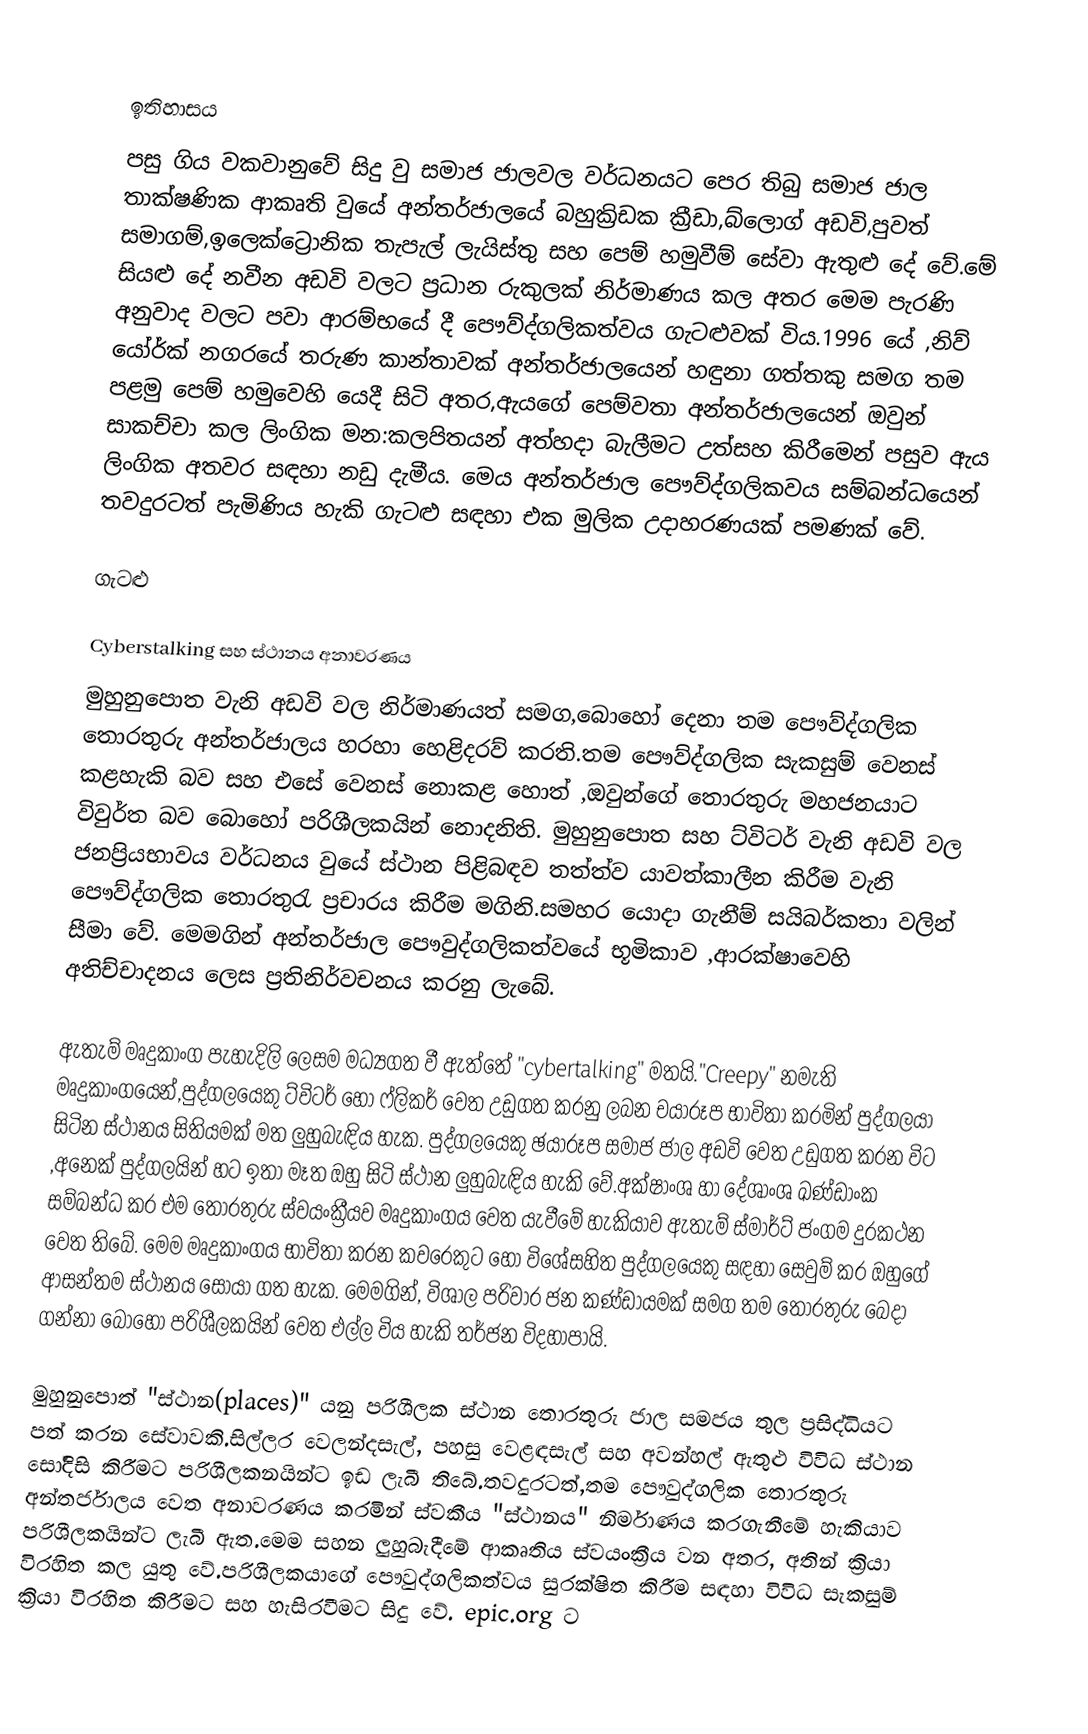

ඉතිහාසය
පසු ගිය වකවානුවේ සිදු වු සමාජ ජාලවල වර්ධනයට පෙර තිබු සමාජ ජාල තාක්ෂණික ආකෘති වුයේ අන්තර්ජාලයේ බහුක්‍රිඩක ක්‍රීඩා,බ්ලොග් අඩවි,පුවත් සමාගම්,ඉලෙක්ට්‍රොනික තැපැල් ලැයිස්තු සහ පෙම් හමුවීම් සේවා ඇතුළු දේ වේ.මේ සියළු දේ නවීන අඩවි වලට ප්‍රධාන රුකුලක් නිර්මාණය කල අතර මෙම පැරණි අනුවාද වලට පවා ආරම්භයේ දී පෞව්ද්ගලිකත්වය ගැටළුවක් විය.1996 යේ ,නිව් යෝර්ක් නගරයේ තරුණ කාන්තාවක් අන්තර්ජාලයෙන් හඳුනා ගත්තකු සමග තම පළමු පෙම් හමුවෙහි යෙදී සිටි අතර,ඇයගේ පෙම්වතා අන්තර්ජාලයෙන් ඔවුන් සාකච්චා කල ලිංගික මන:කලපිතයන් අත්හදා බැලීමට උත්සහ කිරීමෙන් පසුව ඇය ලිංගික අතවර සඳහා නඩු දැමීය. මෙය අන්තර්ජාල පෞව්ද්ගලිකවය සම්බන්ධයෙන් තවදුරටත් පැමිණිය හැකි ගැටළු සඳහා එක මුලික උදාහරණයක් පමණක් වේ.

ගැටළු

Cyberstalking සහ ස්ථානය අනාවරණය
මුහුනුපොත වැනි අඩවි වල නිර්මාණයත් සමග,බොහෝ දෙනා තම පෞව්ද්ගලික තොරතුරු අන්තර්ජාලය හරහා හෙළිදරව් කරති.තම පෞව්ද්ගලික සැකසුම් වෙනස් කළහැකි බව සහ එසේ වෙනස් නොකළ හොත් ,ඔවුන්ගේ තොරතුරු මහජනයාට විවුර්ත බව බොහෝ පරිශීලකයින් නොදනිති. මුහුනුපොත සහ ට්විටර් වැනි අඩවි වල ජනප්‍රියභාවය වර්ධනය වුයේ ස්ථාන පිළිබඳව තත්ත්ව යාවත්කාලීන කිරීම වැනි පෞව්ද්ගලික තොරතුරැ ප්‍රචාරය කිරීම මගිනි.සමහර යොදා ගැනීම් සයිබර්කතා වලින් සීමා වේ. මෙමගින් අන්තර්ජාල පෞවුද්ගලිකත්වයේ භූමිකාව ,ආරක්ෂාවෙහි අතිච්චාදනය ලෙස ප්‍රතිනිර්වචනය කරනු ලැබේ.

ඇතැම් මෘදුකාංග පැහැදිලි ලෙසම මධ්‍යගත වී ඇත්තේ "cybertalking" මතයි."Creepy" නමැති මෘදුකාංගයෙන්,පුද්ගලයෙකු ට්විටර් හෝ ෆ්ලිකර් වෙත උඩුගත කරනු ලබන චයාරූප භාවිතා කරමින් පුද්ගලයා සිටින ස්ථානය සිතියමක් මත ලුහුබැඳිය හැක. පුද්ගලයෙකු ඡයාරූප සමාජ ජාල අඩවි වෙත උඩුගත කරන විට ,අනෙක් පුද්ගලයින් හට ඉතා මෑත ඔහු සිටි ස්ථාන ලුහුබැඳිය හැකි වේ.අක්ෂාංශ හා දේශාංශ ඛණ්ඩාංක සම්බන්ධ කර එම තොරතුරු ස්වයංක්‍රීයව මෘදුකාංගය වෙත යැවීමේ හැකියාව ඇතැම් ස්මාර්ට් ජංගම දුරකථන වෙත තිබේ. මෙම මෘදුකාංගය භාවිතා කරන කවරෙකුට හෝ විශේසහිත පුද්ගලයෙකු සඳහා සෙවුම් කර ඔහුගේ ආසන්තම ස්ථානය සොයා ගත හැක. මෙමගින්, විශාල පරිවාර ජන කණ්ඩායමක් සමග තම තොරතුරු බෙදා ගන්නා බොහෝ පරිශීලකයින් වෙත එල්ල විය හැකි තර්ජන විදහාපායි.

මුහුනුපොත් "ස්ථාන(places)" යනු පරිශීලක ස්ථාන තොරතුරු ජාල සමජය තුල ප්‍රසිද්ධියට පත් කරන සේවාවකි.සිල්ලර වෙලන්දසැල්, පහසු වෙළඳසැල් සහ අවන්හල් ඇතුළු විවිධ ස්ථාන සෝදිසි කිරීමට පරිශීලකනයින්ට ඉඩ ලැබී තිබේ.තවදුරටත්,තම පෞවුද්ගලික තොරතුරු අන්තර්ජාලය වෙත අනාවරණය කරමින් ස්වකීය "ස්ථානය" නිර්මාණය කරගැනීමේ හැකියාව පරිශීලකයින්ට ලැබී ඇත.මෙම සහන ලුහුබැදීමේ ආකෘතිය ස්වයංක්‍රීය වන අතර, අතින් ක්‍රියා විරහිත කල යුතු වේ.පරිශීලකයාගේ පෞවුද්ගලිකත්වය සුරක්ෂිත කිරීම සඳහා විවිධ සැකසුම් ක්‍රියා විරහිත කිරීමට සහ හැසිරවීමට සිදු වේ. epic.org ට